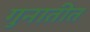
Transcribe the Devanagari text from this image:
गुनातीत